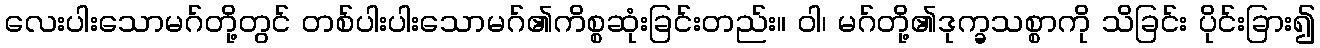
လေးပါးသောမဂ်တို့တွင် တစ်ပါးပါးသောမဂ်၏ကိစ္စဆုံးခြင်းတည်း။ ဝါ၊ မဂ်တို့၏ဒုက္ခသစ္စာကို သိခြင်း ပိုင်းခြား၍